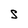
Character: S